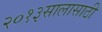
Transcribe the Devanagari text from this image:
२०१३सालासाठी